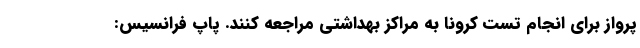
پرواز برای انجام تست کرونا به مراکز بهداشتی مراجعه کنند. پاپ فرانسیس: